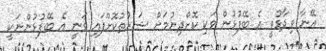
އޭނާ ވިދާޅުވީ އެ ބޭފުޅުން ވަކި ކޮށްދިނުމަށް ޝަރުތުކޮށްފައި ވަނީ އެ ބޭފުޅުންނަކީ